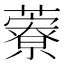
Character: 藔